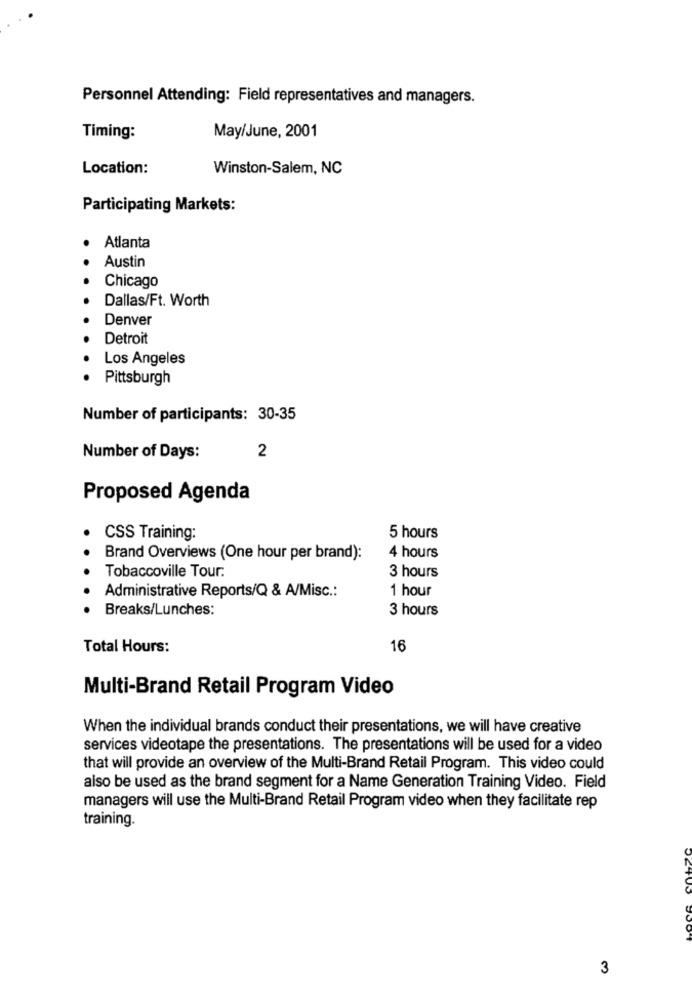
Personnel Attending: Field representatives and managers.
Timing:
May/June, 2001
Location:
Winston-Salem, NC
Participating Markets:
Atlanta
Austin
Chicago
Dallas/Ft. Worth
Denver
Detroit
Los Angeles
Pittsburgh
Number of participants: 30-35
2
Number of Days:
Proposed Agenda
CSS Training:
5 hours
Brand Overviews (One hour per brand):
4 hours
Tobaccoville Tour.
3 hours
Administrative Reports/Q & A/Misc .:
1 hour
Breaks/Lunches:
3 hours
Total Hours:
16
Multi-Brand Retail Program Video
When the individual brands conduct their presentations, we will have creative
services videotape the presentations. The presentations will be used for a video
that will provide an overview of the Multi-Brand Retail Program. This video could
also be used as the brand segment for a Name Generation Training Video. Field
managers will use the Multi-Brand Retail Program video when they facilitate rep
training.
3